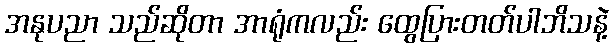
အနုပညာ သည်ဆိုတာ အာရုံကလည်း ထွေပြားတတ်ပါဘိသနဲ့